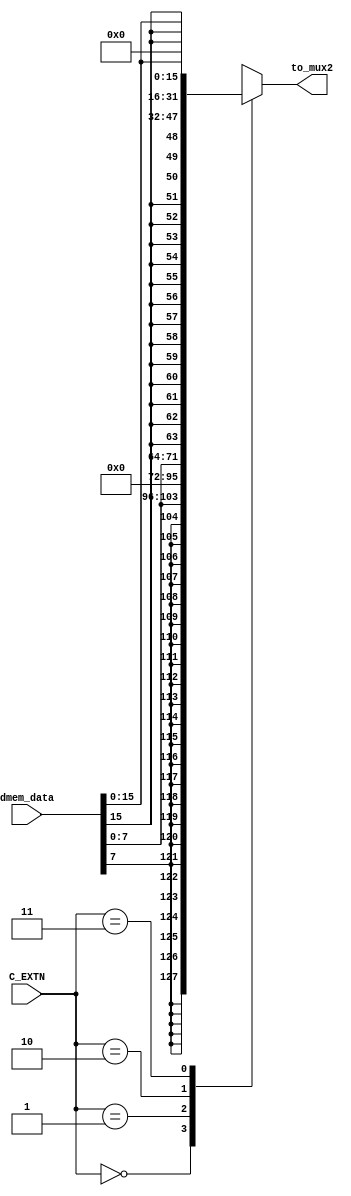
`timescale 1ns / 1ps
//////////////////////////////////////////////////////////////////////////////////
// Company: 
// Engineer: 
// 
// Design Name: 
// Module Name: EXTN
// Project Name: 
// Target Devices: 
// Tool Versions: 
// Description: 
// 
// Dependencies: 
// 
// Revision:
// Revision 0.01 - File Created
// Additional Comments:
// 
//////////////////////////////////////////////////////////////////////////////////


module EXTN(
    input [31 : 0] dmem_data,
    input [1 : 0] C_EXTN,
    output reg [31 : 0] to_mux2
    );
    always @(*)
    begin
    case(C_EXTN)
    2'b00: to_mux2 = {{24{dmem_data[7]}}, dmem_data[7 : 0]};//LB
    2'b01: to_mux2 = {24'b0, dmem_data[7 : 0]};//LBU
    2'b10: to_mux2 = {{16{dmem_data[15]}}, dmem_data[15 : 0]};//LH
    2'b11: to_mux2 = {16'b0, dmem_data[15 : 0]};//LHU
    default: to_mux2 = 32'bz;
    endcase
    end
endmodule